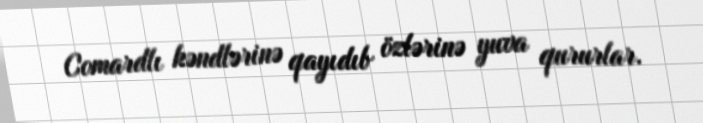
Comardlı kəndlərinə qayıdıb özlərinə yuva qururlar.